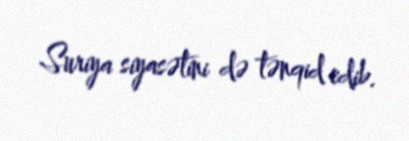
Suriya siyasətini də tənqid edib.